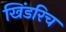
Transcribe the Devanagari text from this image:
खिंडरिच